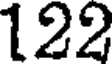
122